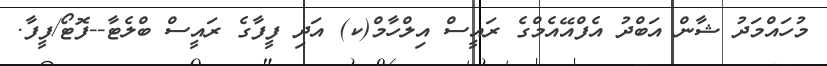
މުހައްމަދު ޝާން އަބްދު އެފްއޭއެމްގެ ރައީސް އިލްހާމް(ކ) އަދި ފީފާގެ ރައީސް ބްލެޓާ--ފޮޓޯ/ފީފާ.